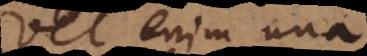
Vel enim una